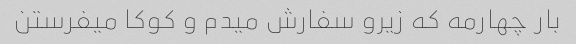
بار چهارمه که زیرو سفارش میدم و کوکا میفرستن